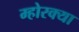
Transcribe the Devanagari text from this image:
म्होरक्‍या